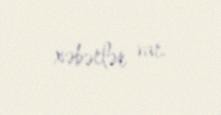
xəbərlər var.